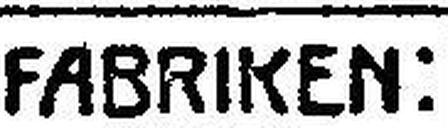
FABRIKEN: